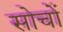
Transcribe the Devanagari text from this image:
सोचों